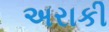
અરાકી